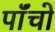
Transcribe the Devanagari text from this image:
पाॅंचो